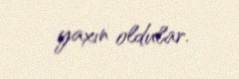
yaxın oldular.